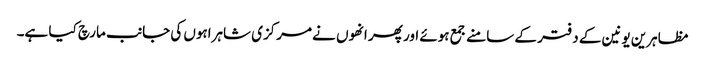
مظاہرین یونین کے دفتر کے سامنے جمع ہوئے اور پھر انھوں نے مرکزی شاہراہوں کی جانب مارچ کیا ہے۔